Eesti_Vabariigi_Tartu_Ulikool, lk 84
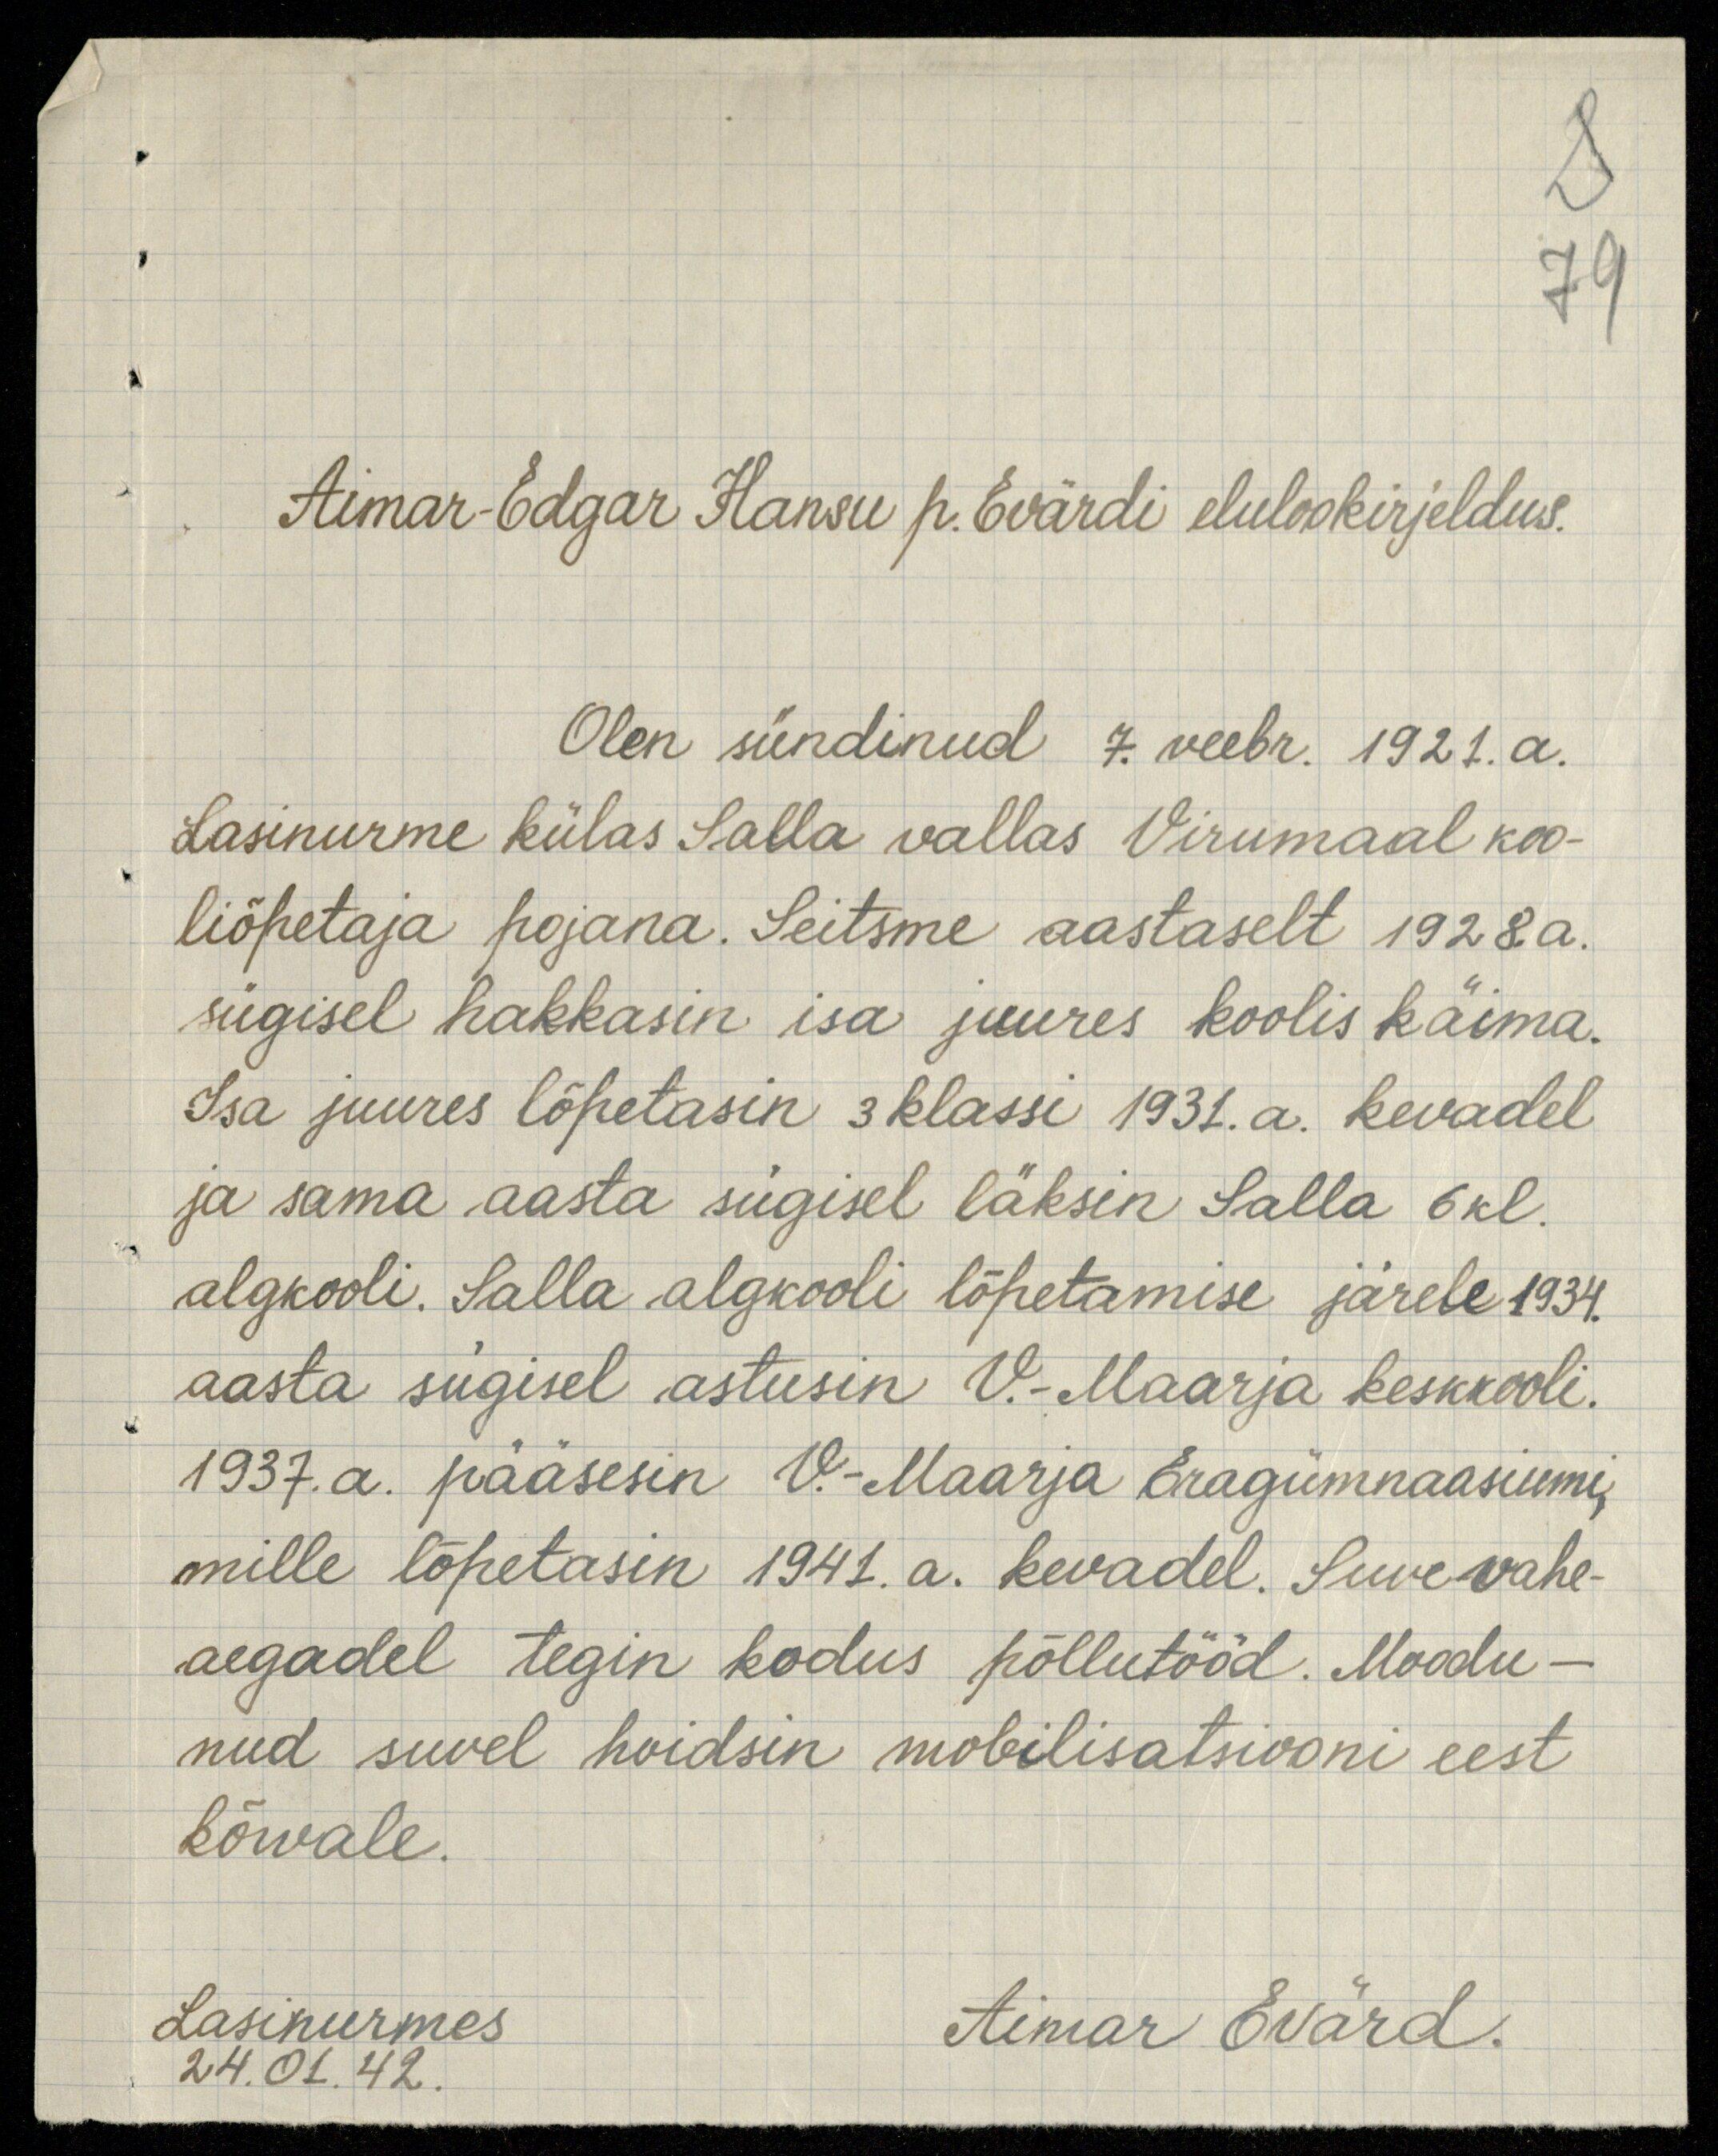
79
Aimar-Edgar Hansu p. Evärdi elulookirjeldus.
Olen sündinud 7. veebr. 1921.a.
Lasinurme külas Salla vallas Virumaal koo-
liõpetaja pojana. Seitsme aastaselt 1928. a.
sügisel hakkasin isa juures koolis käima.
Isa juures lõpetasin 3 klassi 1931. a. kevadel
ja sama aasta sügisel läksin Salla 6kl.
algkooli. Salla algkooli lõpetamise järele 1934.
aasta sügisel astusin V.-Maarja keskkooli.
1937. a. pääsesin V.-Maarja Eragümnaasiumi,
mille lõpetasin 1941. a. kevadel. Suvevahe-
aegadel tegin kodus põllutööd. Moodu-
nud suvel hoidsin mobilisatsiooni eest
kõrvale.
Lasinurmes
24. 01. 42.
Aimar Evärd.